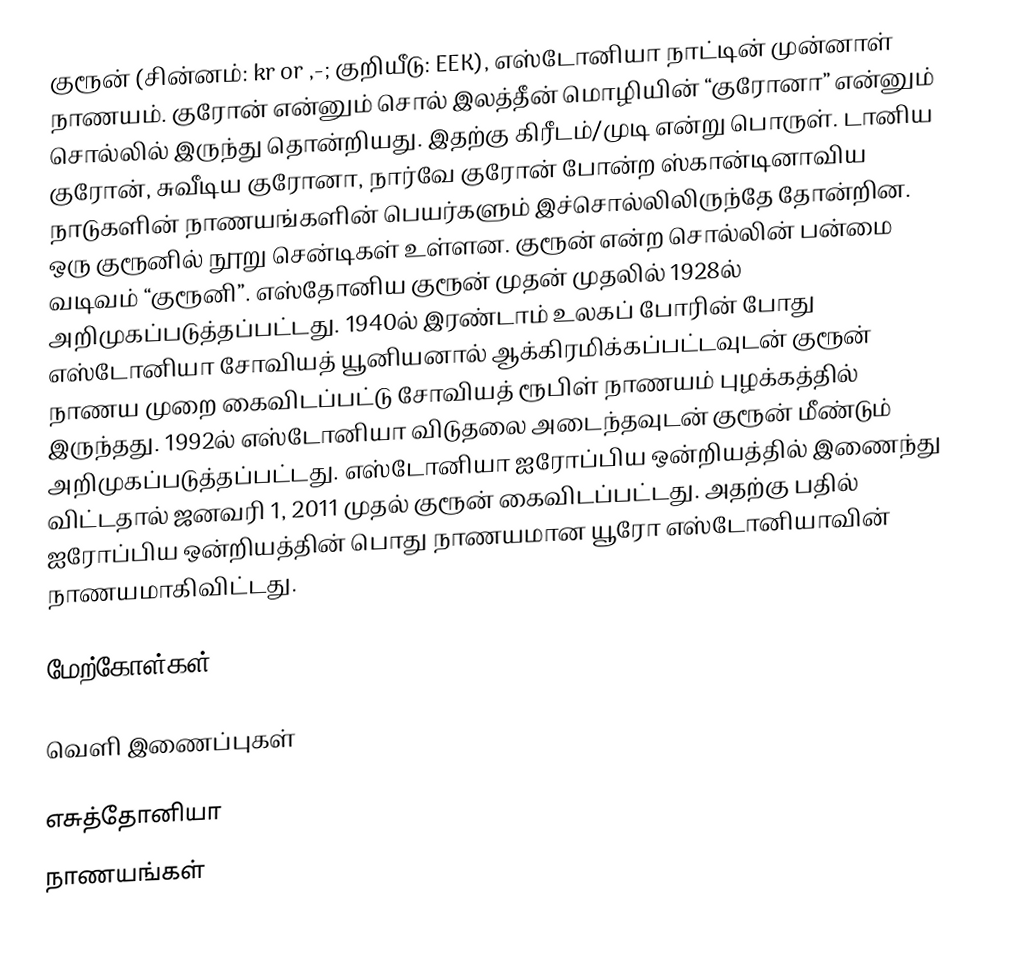
குரூன் (சின்னம்: kr or ,-; குறியீடு: EEK), எஸ்டோனியா நாட்டின் முன்னாள் நாணயம். குரோன் என்னும் சொல் இலத்தீன் மொழியின் “குரோனா” என்னும் சொல்லில் இருந்து தொன்றியது. இதற்கு கிரீடம்/முடி என்று பொருள். டானிய குரோன், சுவீடிய குரோனா, நார்வே குரோன் போன்ற ஸ்கான்டினாவிய நாடுகளின் நாணயங்களின் பெயர்களும் இச்சொல்லிலிருந்தே தோன்றின. ஒரு குரூனில் நூறு சென்டிகள் உள்ளன. குரூன் என்ற சொல்லின் பன்மை வடிவம் “குரூனி”. எஸ்தோனிய குரூன் முதன் முதலில் 1928ல் அறிமுகப்படுத்தப்பட்டது. 1940ல் இரண்டாம் உலகப் போரின் போது எஸ்டோனியா சோவியத் யூனியனால் ஆக்கிரமிக்கப்பட்டவுடன் குரூன் நாணய முறை கைவிடப்பட்டு சோவியத் ரூபிள் நாணயம் புழக்கத்தில் இருந்தது. 1992ல் எஸ்டோனியா விடுதலை அடைந்தவுடன் குரூன் மீண்டும் அறிமுகப்படுத்தப்பட்டது. எஸ்டோனியா ஐரோப்பிய ஒன்றியத்தில் இணைந்து விட்டதால் ஜனவரி 1, 2011 முதல் குரூன் கைவிடப்பட்டது. அதற்கு பதில் ஐரோப்பிய ஒன்றியத்தின் பொது நாணயமான யூரோ எஸ்டோனியாவின் நாணயமாகிவிட்டது.

மேற்கோள்கள்

வெளி இணைப்புகள்

எசுத்தோனியா
நாணயங்கள்